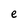
Character: e